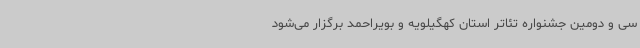
سی و دومین جشنواره تئاتر استان کهگیلویه و بویراحمد برگزار می‌شود